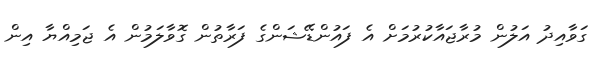
ގަވާއިދު އަލުން މުރާޖައާކުރުމަށް އެ ފައުންޑޭޝަންގެ ފަރާތުން ގޮވާލަމުން އެ ޖަމިއްޔާ އިން